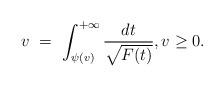
\begin{align*}v\ =\ \int_{\psi(v)}^{+\infty}\frac{dt}{\sqrt{F(t)}},v\geq 0.\end{align*}